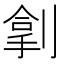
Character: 𫦏